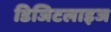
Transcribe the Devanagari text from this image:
डिजिटलाइज